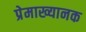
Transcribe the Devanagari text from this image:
प्रेमाख्यानक